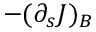
- ( \partial _ { s } J ) _ { B }